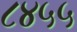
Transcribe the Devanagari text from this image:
८४५५